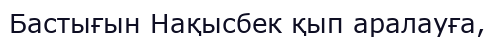
Бастығын Нақысбек қып аралауға,